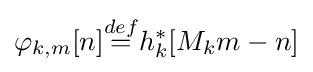
\varphi _{k,m}[n]{\stackrel {def}{=}}h_{k}^{*}[M_{k}m-n]